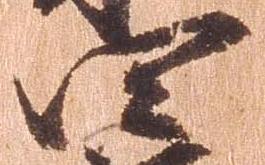
四